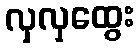
လှလှထွေး